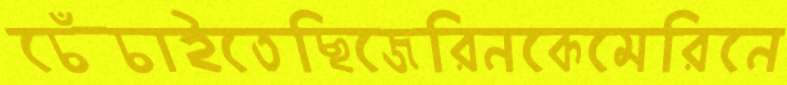
চেঁচাইতেছিজেরিনকেমেরিনে